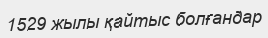
1529 жылы қайтыс болғандар